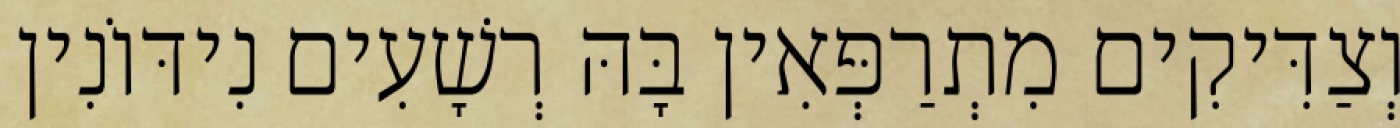
וְצַדִּיקִים מִתְרַפְּאִין בָּהּ רְשָׁעִים נִידּוֹנִין